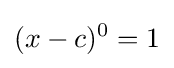
(x-c)^{0}=1